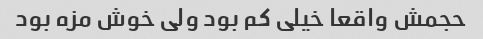
حجمش واقعا خیلی کم بود ولی خوش مزه بود